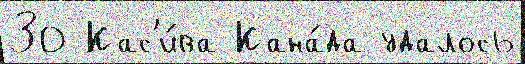
30 Кас'и́ва Кана́да удалось